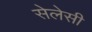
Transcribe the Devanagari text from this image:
सेलेसी